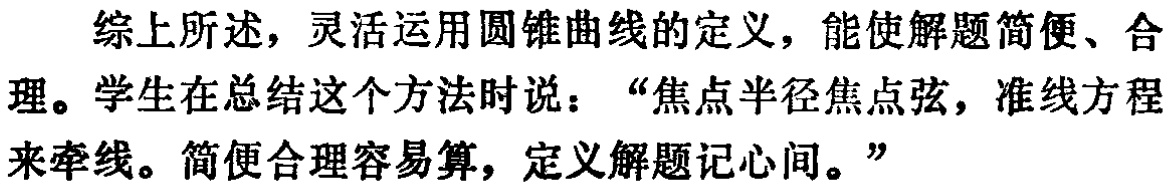
综上所述，灵活运用圆锥曲线的定义，能使解题简便、合理。学生在总结这个方法时说：“焦点半径焦点弦，准线方程来牵线。简便合理容易算，定义解题记心间。”